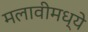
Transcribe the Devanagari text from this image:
मलावीमध्ये